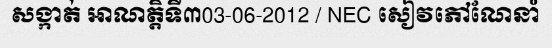
សង្កាត់ អាណត្តិទី៣03-06-2012 / NEC សៀវភៅណែនាំ